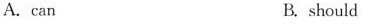
A.can B.should